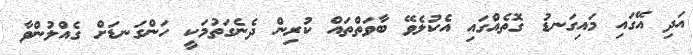
އަދި އޭގައި މައިގަނޑު ގޮތެއްގައި އެކުލެވޭ ބާވަތްތައް ކުރިން ދެނެގަތުމަކީ ހަންގަނޑަށް ގެއްލުންވާ